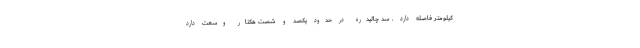
کیلومتر فاصله دارد . سد چالیدره در حدود یکصد و شصت هکتار وسعت دارد